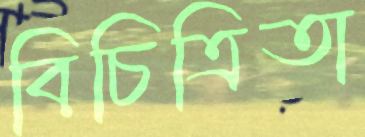
বিচিত্রিতা